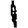
Digit: 1